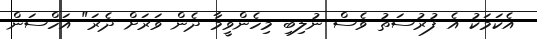
އެކަމަކު އެ ފުރުސަތު ވެސް ނުލިބި މިހެންވީމާ ދެން ވަރަށް ދެރަ" އަހްސަން